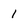
Character: 1